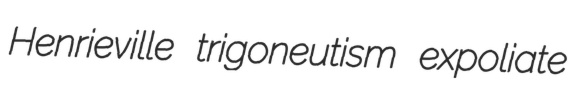
Henrieville trigoneutism expoliate